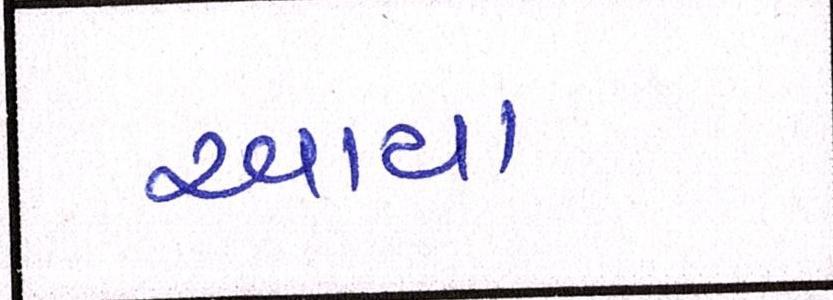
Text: આયા